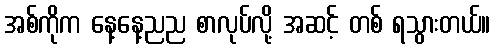
အစ်ကိုက နေ့နေ့ညည စာလုပ်လို့ အဆင့် တစ် ရသွားတယ်။